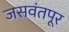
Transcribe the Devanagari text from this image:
जसवंतपूर